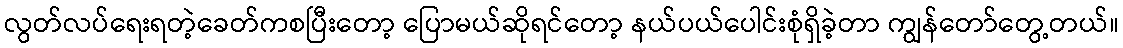
လွတ်လပ်ရေးရတဲ့ခေတ်ကစပြီးတော့ ပြောမယ်ဆိုရင်တော့ နယ်ပယ်ပေါင်းစုံရှိခဲ့တာ ကျွန်တော်တွေ့တယ်။